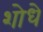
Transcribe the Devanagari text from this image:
शोधे